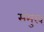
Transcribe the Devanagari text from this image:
संमुख्